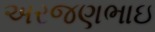
અરજણભાઇ